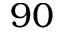
9 0